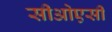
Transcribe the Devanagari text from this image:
सीओएसी